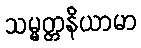
သမ္မတ္တနိယာမာ